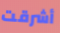
أشرقت